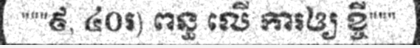
"""៩, ៤០៛) ពន្ធ លើ ការឲ្យ ខ្ចី"""